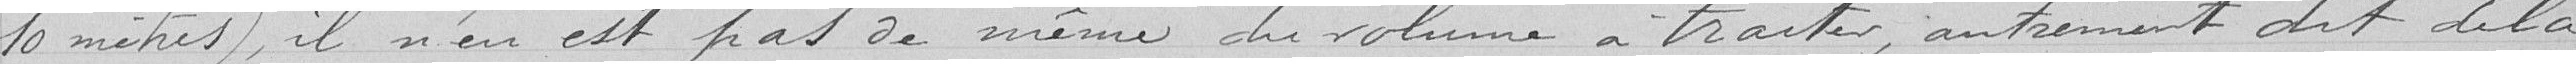
10 mètres), il n'en est pas de même du volume à traiter, autrement dit de la